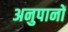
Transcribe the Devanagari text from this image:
अनुपानों